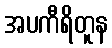
အပကီရိတူန